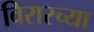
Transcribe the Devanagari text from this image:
विरारच्या